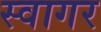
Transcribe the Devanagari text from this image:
स्वागर